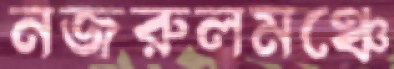
নজরুলমঞ্চে